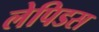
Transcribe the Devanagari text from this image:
लेपिडस